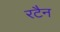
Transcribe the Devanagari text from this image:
रटैन